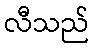
လီသည်